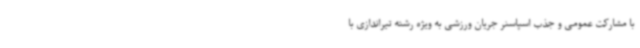
با مشارکت عمومی و جذب اسپاسنر جریان ورزشی به ویژه رشته تیراندازی با